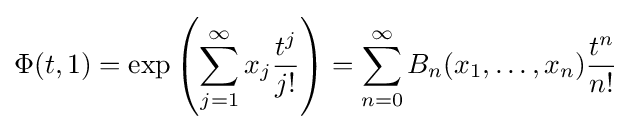
\Phi (t,1)=\exp \left(\sum _{j=1}^{\infty }x_{j}{\frac {t^{j}}{j!}}\right)=\sum _{n=0}^{\infty }B_{n}(x_{1},\ldots ,x_{n}){\frac {t^{n}}{n!}}